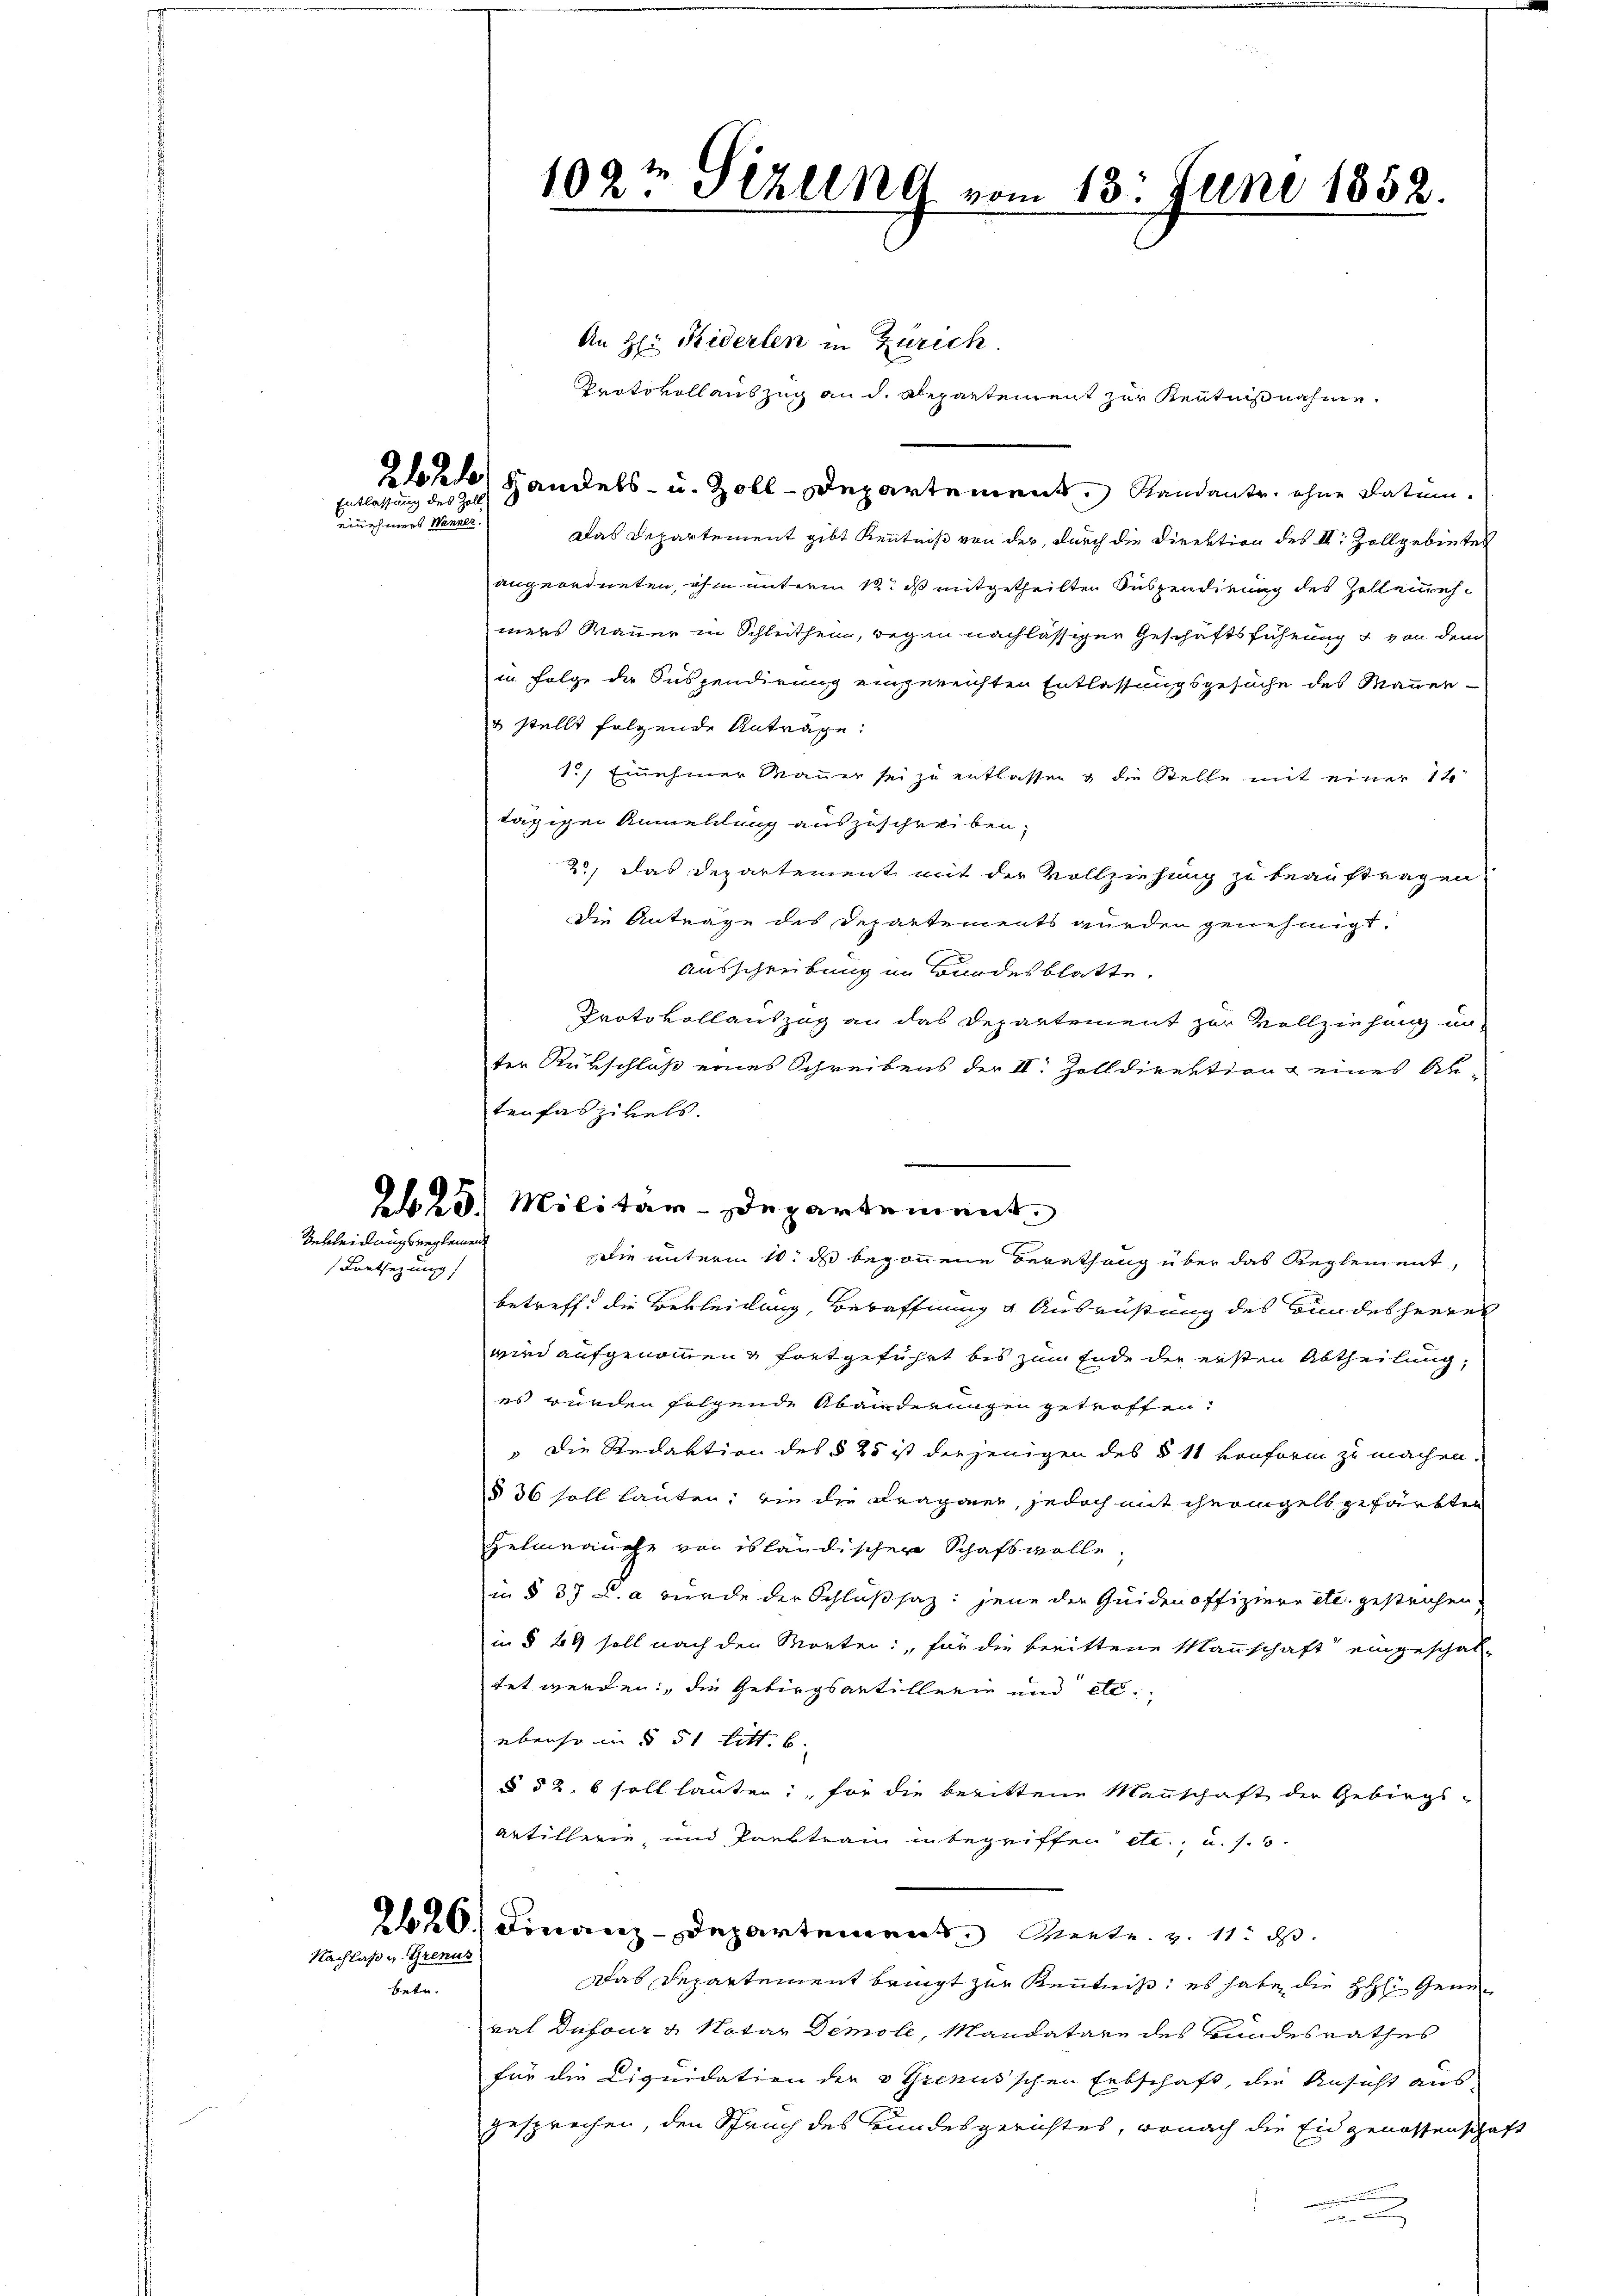
Entlassung des Zoll
einefeuers Wanner.

Vekleidungsreglemen.

Lentsezung

Nachlaß u. Grenus

betr.

102t Sizung vom 13. Juni 1852.

An H: Reiderlen in Zürich
Protokoll auszug an d. Abepartement zur Kenntnißnahme.
2 Handels- u. Zoll-Departement. Kandante ohne Datum.
Das Departement gibt Kenntniß von der durch die Direktion des III. Zollgebietet
angeordneten, ihm unterm 12t d mitgetheilten Suspendirung des Zelleinehmees Mauer in Schleithen, wegen nachlässiger Geschäftsführung & von dem
in Folge die Suspendirung eingereichten Entlassungsgesuche des Mauers stellt folgende Antrage:
1.) Einehmer Mauer sei zu entlassen & die Stelle mit einer 14
tägigen Anmellung auszuschreiben,
2) das Departement mit der Vollziehung zu beauftragen
die Anträge des Departements wurden genehmigt.
Ausschreibung im Bundesblatte.
Protokollauszog an das Departement zur Vollziehung un-
ter Rükschluß eines Schreibens der II. Zolldirektion & eines Au-
tenfaszikels.
Die unterm 10. ds begonnene Berathung über das Reglement,
betreff die Bekleidung, Bewaffnung & Ausrüstung des Bundesheeren
wird aufgenommen & fortgeführt bis zum Ende der ersten Abtheilung,
es wurden folgende Abänderungen getroffen:
„Die Redaktion des § 25 ist derjenigen des § 11 konform zu machen.
§ 36 soll lauten; ein die Fragener, jedoch mit ihrengelb gefärbten
Helmrauche von es ländischer Schafsvolle,
in § 37 L.a wurde der Schlußsaz: jene der Quiden offiziere etc. gestrichen,
in § 49 soll nach den Morten: „für die berittene Mannschaft eingeschal-
tet werden, die Gebirgsartillerie und etc.
übenso in § 51 litt. b.
§ 52. 6 soll lauten, für die berittene Mannschaft der Gebirgs-
Artillerie, und Parktrain in begriffen etc., u. s. 5.
226. Finanz-Departement Mente z. 11. d.
Das Departement bringt zur Kenntniß: es habe die H: General Dufour u. Notar Demole, Mandatare des Bundesrathes
für die Liquidation der 3 Grenusschen Erbschaft, die Ansicht aus
gesprochen, den Spruch des Bundesgerichtes, wonach die Eidgenossenscha

.
223. Militär-Departement

t